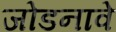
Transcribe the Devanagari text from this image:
जोडनावे